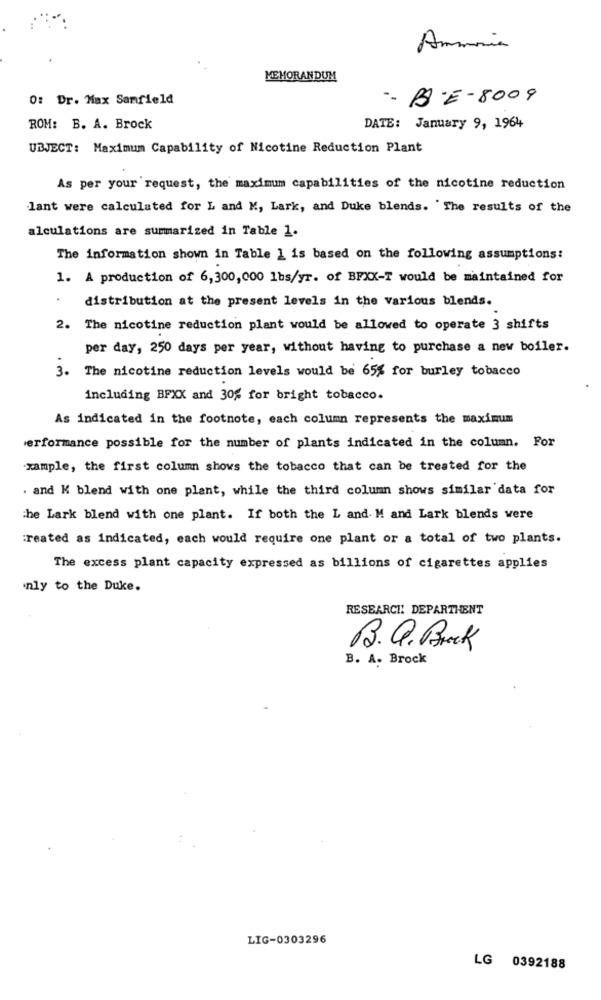
Ammonia
MEMORANDUM
0: Dr. Max Samfield
-- BO-E-8009
ROM: B. A. Brock
DATE: January 9, 1964
UBJECT: Maximum Capability of Nicotine Reduction Plant
As per your request, the maximum capabilities of the nicotine reduction
lant were calculated for L and K, Lark, and Duke blends. The results of the
alculations are summarized in Table 1.
The information shown in Table 1 is based on the following assumptions:
1. A production of 6,300,000 1bs/yr. of BFXX-T would be maintained for
.
distribution at the present levels in the various blends.
2. The nicotine reduction plant would be allowed to operate 3 shifts
per day, 250 days per year, without having to purchase a new boiler.
3. The nicotine reduction levels would be 65% for burley tobacco
including BFXX and 30% for bright tobacco.
As indicated in the footnote, each column represents the maximum
performance possible for the number of plants indicated in the column. For
xample, the first column shows the tobacco that can be treated for the
. and K blend with one plant, while the third column shows similar data for
the Lark blend with one plant. If both the L and M and Lark blends vere
:reated as indicated, each would require one plant or a total of two plants.
The excess plant capacity expressed as billions of cigarettes applies
nly to the Duke.
RESEARCH! DEPARTHENT
B.Q.Brick
B. A. Brock
LIG-0303296
LG 0392188